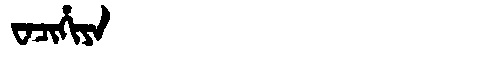
Manchu: ᠸᠠᠴᡳᡥᡳᠶᠠ
Romanization: WACIHIYA